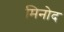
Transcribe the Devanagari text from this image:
मिनोद